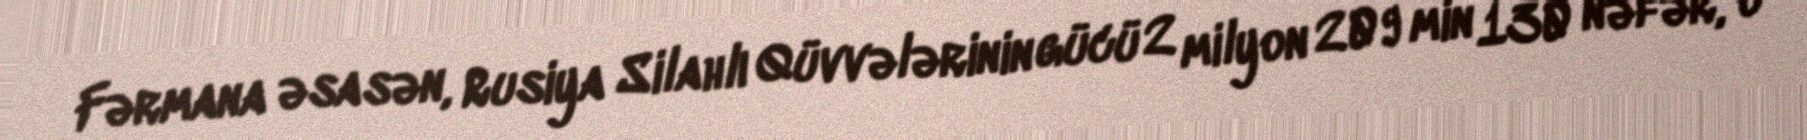
Fərmana əsasən, Rusiya Silahlı Qüvvələrinin gücü 2 milyon 209 min 130 nəfər, o